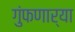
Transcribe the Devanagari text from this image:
गुंफणार्‍या